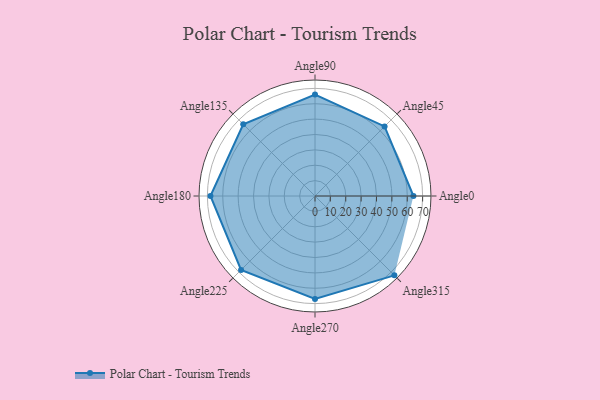
{"axis": {"x": "Angle", "y": "Radius"}, "legend": [""], "data": [{"x": "Angle0", "y": 64.0, "type": ""}, {"x": "Angle45", "y": 64.0, "type": ""}, {"x": "Angle90", "y": 66.0, "type": ""}, {"x": "Angle135", "y": 66.0, "type": ""}, {"x": "Angle180", "y": 68.0, "type": ""}, {"x": "Angle225", "y": 68.0, "type": ""}, {"x": "Angle270", "y": 67.0, "type": ""}, {"x": "Angle315", "y": 73.0, "type": ""}]}